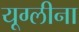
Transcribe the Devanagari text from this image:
यूग्लीना